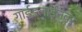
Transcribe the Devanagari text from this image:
गाईडलाईनवर